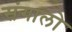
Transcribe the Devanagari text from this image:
संगालो